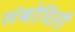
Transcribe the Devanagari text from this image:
संबोधिली